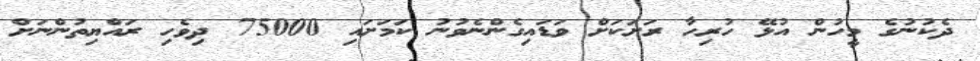
ދެކުނުގެ މީހުން އުޅޭ ހުރިހާ ރަށަކަށް ވަޑައިގެންނެވުނު ކަމަށައި 75000 ދިވެހި ރައްޔިތުންނަށް